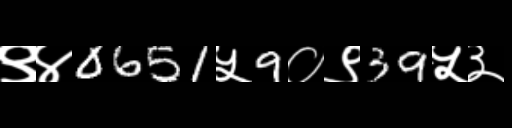
Text: ९४0651५9०९39५३